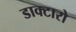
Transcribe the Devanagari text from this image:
डाक्टारो